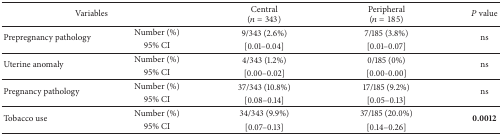
| <COLSPAN=2> Variables | Central(n = 343) | Peripheral(n = 185) | P value |
 | --- | --- | --- | --- | --- |
 | <ROWSPAN=2> Prepregnancy pathology | Number (%) | 9/343 (2.6%) | 7/185 (3.8%) | <ROWSPAN=2> ns |
 | 95% CI | [0.01–0.04] | [0.01–0.07] |
 | <ROWSPAN=2> Uterine anomaly | Number (%) | 4/343 (1.2%) | 0/185 (0%) | <ROWSPAN=2> ns |
 | 95% CI | [0.00–0.02] | [0.00-0.00] |
 | <ROWSPAN=2> Pregnancy pathology | Number (%) | 37/343 (10.8%) | 17/185 (9.2%) | <ROWSPAN=2> ns |
 | 95% CI | [0.08–0.14] | [0.05–0.13] |
 | <ROWSPAN=2> Tobacco use | Number (%) | 34/343 (9.9%) | 37/185 (20.0%) | <ROWSPAN=2> 0.0012 |
 | 95% CI | [0.07–0.13] | [0.14–0.26] |